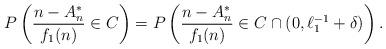
LaTeX: \begin{align*}P\left(\frac{n-A_n^*}{f_1(n)}\in C\right)=P\left(\frac{n-A_n^*}{f_1(n)}\in C\cap (0,\ell_1^{-1}+\delta)\right).\end{align*}